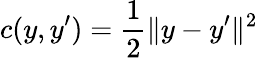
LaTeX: c(y,y^{\prime})=\frac{1}{2}\| y-y^{\prime}\| ^{2}